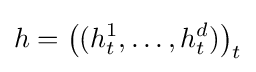
h=\left((h_{t}^{1},\dots ,h_{t}^{d})\right)_{t}